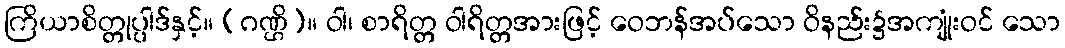
ကြိယာစိတ္တုပ္ပါဒ်နှင့်။ (ဂဏ္ဌိ)။ ဝါ၊ စာရိတ္တ ဝါရိတ္တအားဖြင့် ဝေဘန်အပ်သော ဝိနည်း၌အကျုံးဝင် သော